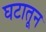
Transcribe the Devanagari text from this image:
घटातून